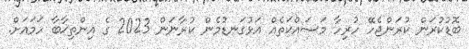
ބޮޑުކުރަން ކުރަންޖެހޭ ހުރިހާ މަސައްކަތެއް އަޅުގަނޑުމެން ކުރާނަން 2023 ގެ އިންތިޚާބާ ހަމައަށް.